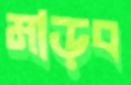
মাড়ব